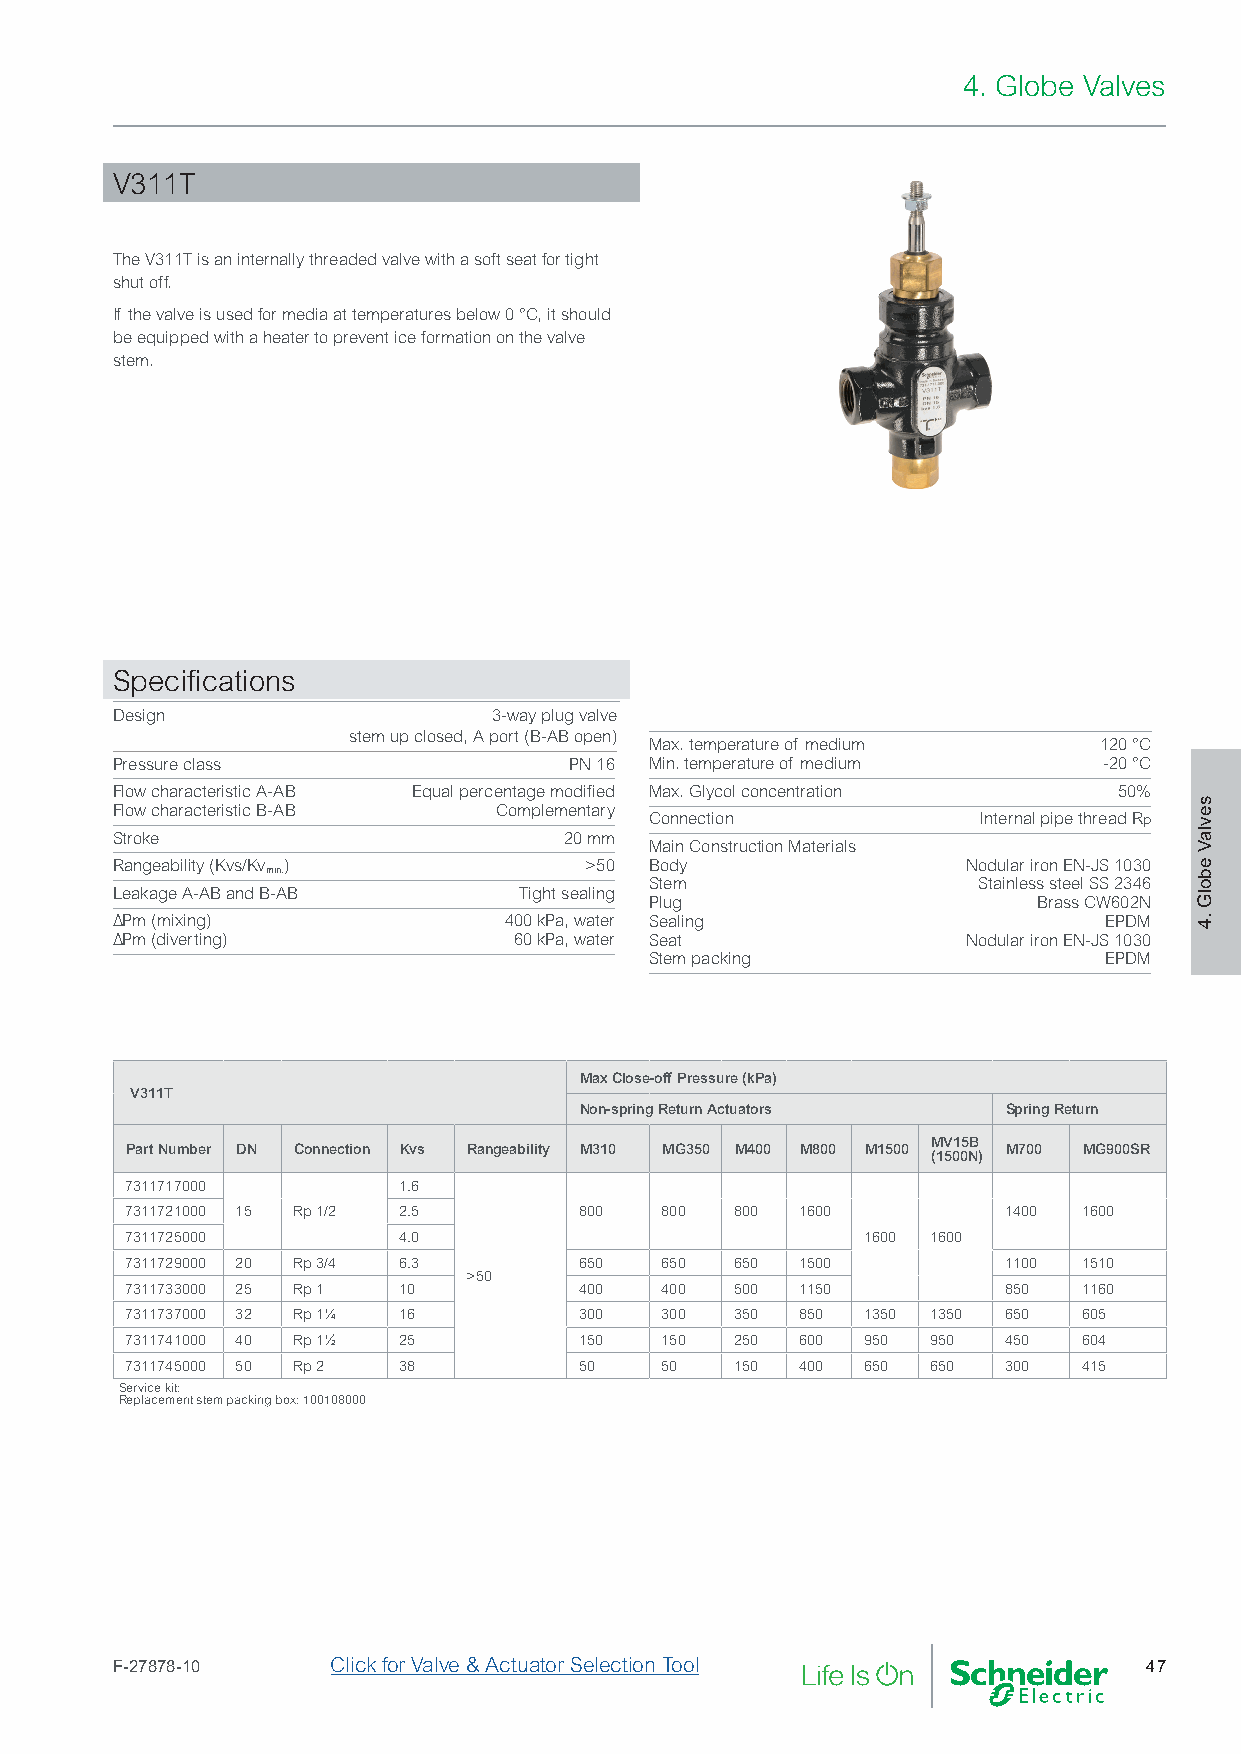
4. Globe Valves
 V311T
 The V311T is an internally threaded valve with a soft seat for tight
 shut off.
 If the valve is used for media at temperatures below 0 °C, it should
 be equipped with a heater to prevent ice formation on the valve
 stem.
 Specifications
 Design                    3-way plug valve
 stem up closed, A port (B-AB open)
 Max. temperature of medium    120 °C
 Pressure class                 PN 16 Min. temperature of medium   -20 °C
 Flow characteristic A-AB Equal percentage modified Max. Glycol concentration 50%
 Flow characteristic B-AB  Complementary
 Connection            Internal pipe thread Rp
 Stroke                        20 mm
 Main Construction Materials
 Rangeability (Kvs/Kv )          >50 Body                 Nodular iron EN-JS 1030
 min.
 Stem                  Stainless steel SS 2346
 Leakage A-AB and B-AB      Tight sealing
 Plug                      Brass CW602N
 ∆Pm (mixing)              400 kPa, water Sealing                  EPDM
 ∆Pm (diverting)            60 kPa, water Seat            Nodular iron EN-JS 1030
 Stem packing                  EPDM
 Max Close-off Pressure (kPa)
 V311T
 Non-spring Return Actuators  Spring Return
 MV15B
 Part Number DN Connection Kvs Rangeability M310 MG350 M400 M800 M1500 M700 MG900SR
 (1500N)
 7311717000        1.6
 7311721000 15 Rp 1/2 2.5      800   800  800 1600         1400  1600
 7311725000        4.0                            1600 1600
 7311729000 20 Rp 3/4 6.3      650   650  650 1500         1100  1510
 >50
 7311733000 25 Rp 1 10         400   400  500 1150         850   1160
 7311737000 32 Rp 1¼ 16        300   300  350 850 1350 1350 650  605
 7311741000 40 Rp 1½ 25        150   150  250 600 950  950 450   604
 7311745000 50 Rp 2 38         50    50   150 400 650  650 300   415
 Service kit:
 Replacement stem packing box: 100108000
 F-27878-10     Click for Valve & Actuator Selection Tool             47
 sevlaV
 ebolG
 .4